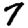
Digit: 7